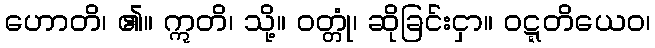
ဟောတိ၊ ၏။ ဣတိ၊ သို့။ ဝတ္တုံ၊ ဆိုခြင်းငှာ။ ဝဋ္ဋတိယေဝ၊